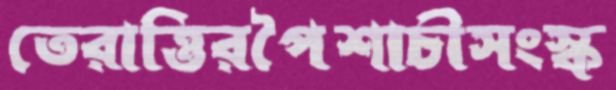
তেরাত্তিরপৈশাচীসংস্ক